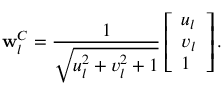
\mathbf { w } _ { l } ^ { C } = \frac { 1 } { \sqrt { u _ { l } ^ { 2 } + v _ { l } ^ { 2 } + 1 } } \left[ \begin{array} { l } { u _ { l } } \\ { v _ { l } } \\ { 1 } \end{array} \right] .